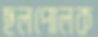
ছলপোলক